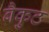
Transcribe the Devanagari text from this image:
बैकुठ